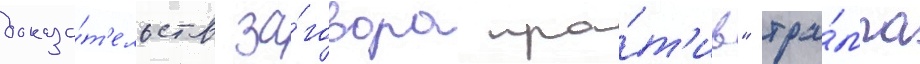
доказа́т'ельств за́говора про́т'ив" тра́мпа